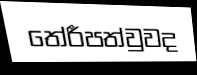
තේරීපත්වුවද